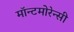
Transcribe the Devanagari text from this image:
मॉन्टमोरेन्सी